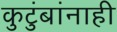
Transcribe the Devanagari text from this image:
कुटुंबांनाही